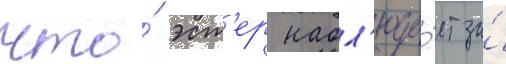
что́ эст'ер набл'юда́ет за́